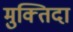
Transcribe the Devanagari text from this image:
मुक्‍तिदा